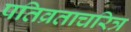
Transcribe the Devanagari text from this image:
पतिव्रताचरित्र